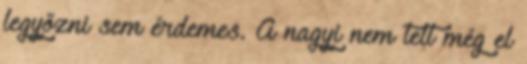
legyőzni sem érdemes. A nagyi nem telt még el